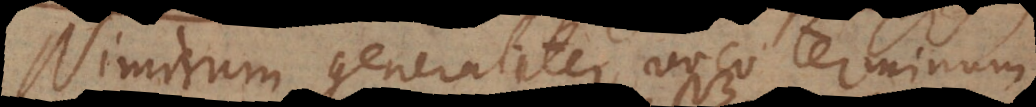
Nimirum generaliter voco terminum